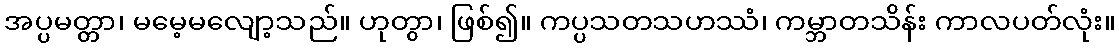
အပ္ပမတ္တာ၊ မမေ့မလျော့သည်။ ဟုတွာ၊ ဖြစ်၍။ ကပ္ပသတသဟဿံ၊ ကမ္ဘာတသိန်း ကာလပတ်လုံး။